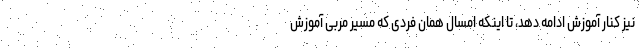
نیز کنار آموزش ادامه دهد، تا اینکه امسال همان فردی که مسیر مربی آموزش